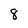
Character: 8